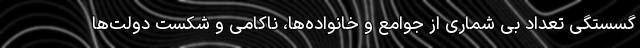
گسستگی تعداد بی شماری از جوامع و خانواده‌ها، ناکامی و شکست دولت‌ها